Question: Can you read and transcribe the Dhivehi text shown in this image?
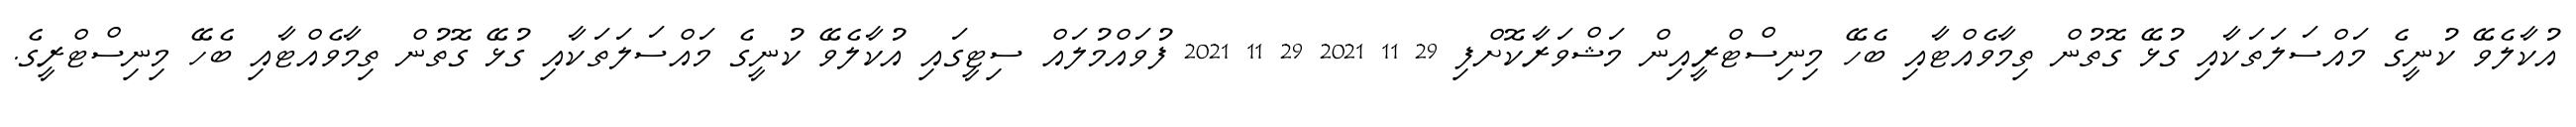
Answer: އުކާލެވޭ ކުނީގެ މައްސަލަތަކާއި ގުޅޭ ގޮތުން ތިމާވެއްޓާއި ބެހޭ މިނިސްޓްރީއިން މަޝްވަރާކޮށްފި 29 11 2021 29 11 2021 ފުވައްމުލައް ސިޓީގައި އުކާލެވޭ ކުނީގެ މައްސަލަތަކާއި ގުޅޭ ގޮތުން ތިމާވެއްޓާއި ބެހޭ މިނިސްޓްރީގެ.